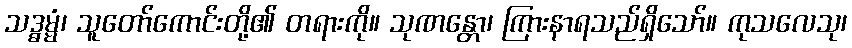
သဒ္ဓမ္မံ၊ သူတော်ကောင်းတို့၏ တရားကို။ သုဏန္တော၊ ကြားနာရသည်ရှိသော်။ ကုသလေသု၊